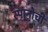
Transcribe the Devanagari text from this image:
स्पानोची